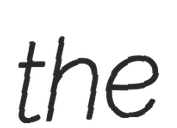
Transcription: the